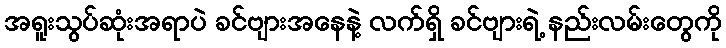
အရူးသွပ်ဆုံးအရာပဲ ခင်ဗျားအနေနဲ့ လက်ရှိ ခင်ဗျားရဲ့ နည်းလမ်းတွေကို